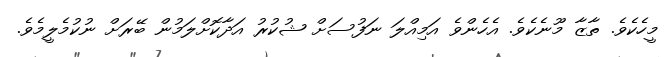
މީހެކެވެ. ތާޒާ މޫނެކެވެ. އެހެންވެ އަމިއްލަ ނަފުސަށް ޝުކުރު އަދާކޮށްލަމުން ބޭރަށް ނުކުމެލީމެވެ.